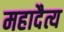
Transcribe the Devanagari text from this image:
महादैत्य